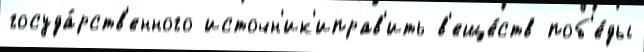
госуда́рств'енного источн'ик'иправ'ить в'еще́ств поб'е́ды